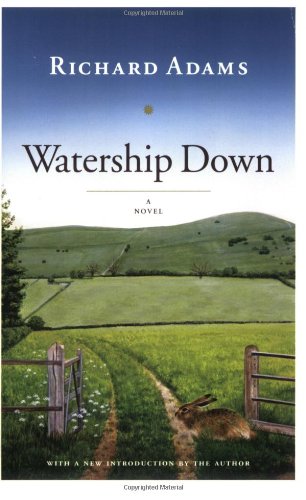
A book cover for Watership Down: A Novel; Richard Adams; Science Fiction & Fantasy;